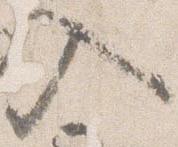
入